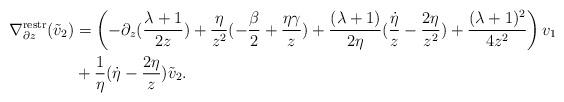
LaTeX: \begin{align*}\nabla^{\mathrm{restr}}_{\partial z} (\tilde{v}_{2}) &= \left( -\partial_{z} ( \frac{\lambda +1}{2z} ) +\frac{\eta }{z^{2}} (-\frac{\beta}{2} +\frac{\eta \gamma }{z}) +\frac{(\lambda +1)}{2\eta } ( \frac{\dot{\eta}}{z} -\frac{2\eta }{z^{2}}) +\frac{ (\lambda + 1)^{2} }{4z^{2}} \right) v_{1}\\& + \frac{ 1}{\eta} ( \dot{\eta} - \frac{2\eta}{z}) \tilde{v}_{2}.\end{align*}